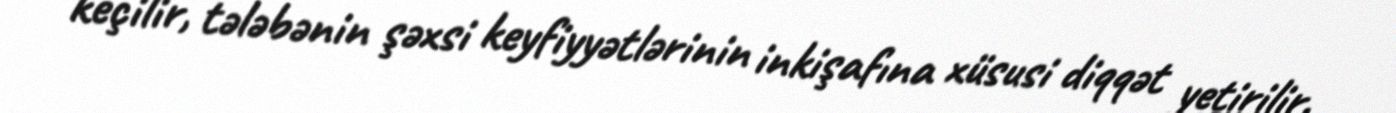
keçilir, tələbənin şəxsi keyfiyyətlərinin inkişafına xüsusi diqqət yetirilir.